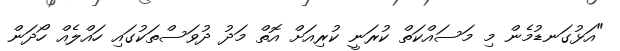
"އަޅުގަނޑުމެން މި މަސައްކަތް ކުރަނީ ކުރިއަށް އޮތް މަދު ދުވަސްތަކުގައި ހައްލެއް ހޯދަން